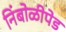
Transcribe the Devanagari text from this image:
निंबोळीपेड